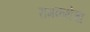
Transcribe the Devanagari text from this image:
रामकथेचा